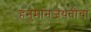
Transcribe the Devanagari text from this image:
हनुमानजयंतीचा